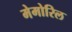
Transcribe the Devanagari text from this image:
मेमोरिल